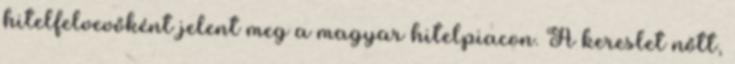
hitelfelvevőként jelent meg a magyar hitelpiacon. A kereslet nőtt,